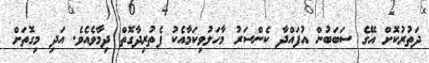
ދަތުރުކޮށް އޭގެ ސަބަބުން އުފައްދާ ކެންސަރު މާހަލުވިކަމާއެކު ފެތުރިދާގޮތް ދިމާވެއެވެ. އަދި މިގޮތަށް